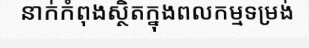
នាក់កំពុងស្ថិតក្នុងពលកម្មទម្រង់